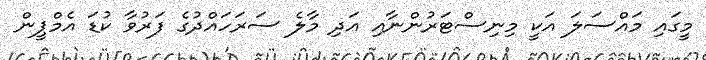
މީގައި މައްސަލަ އަކީ މިނިސްޓަރުންނާއި އަދި މާލެ ސަރަަހައްދުގެ ފަރުވާ ކުޑަ އެމްޕީން